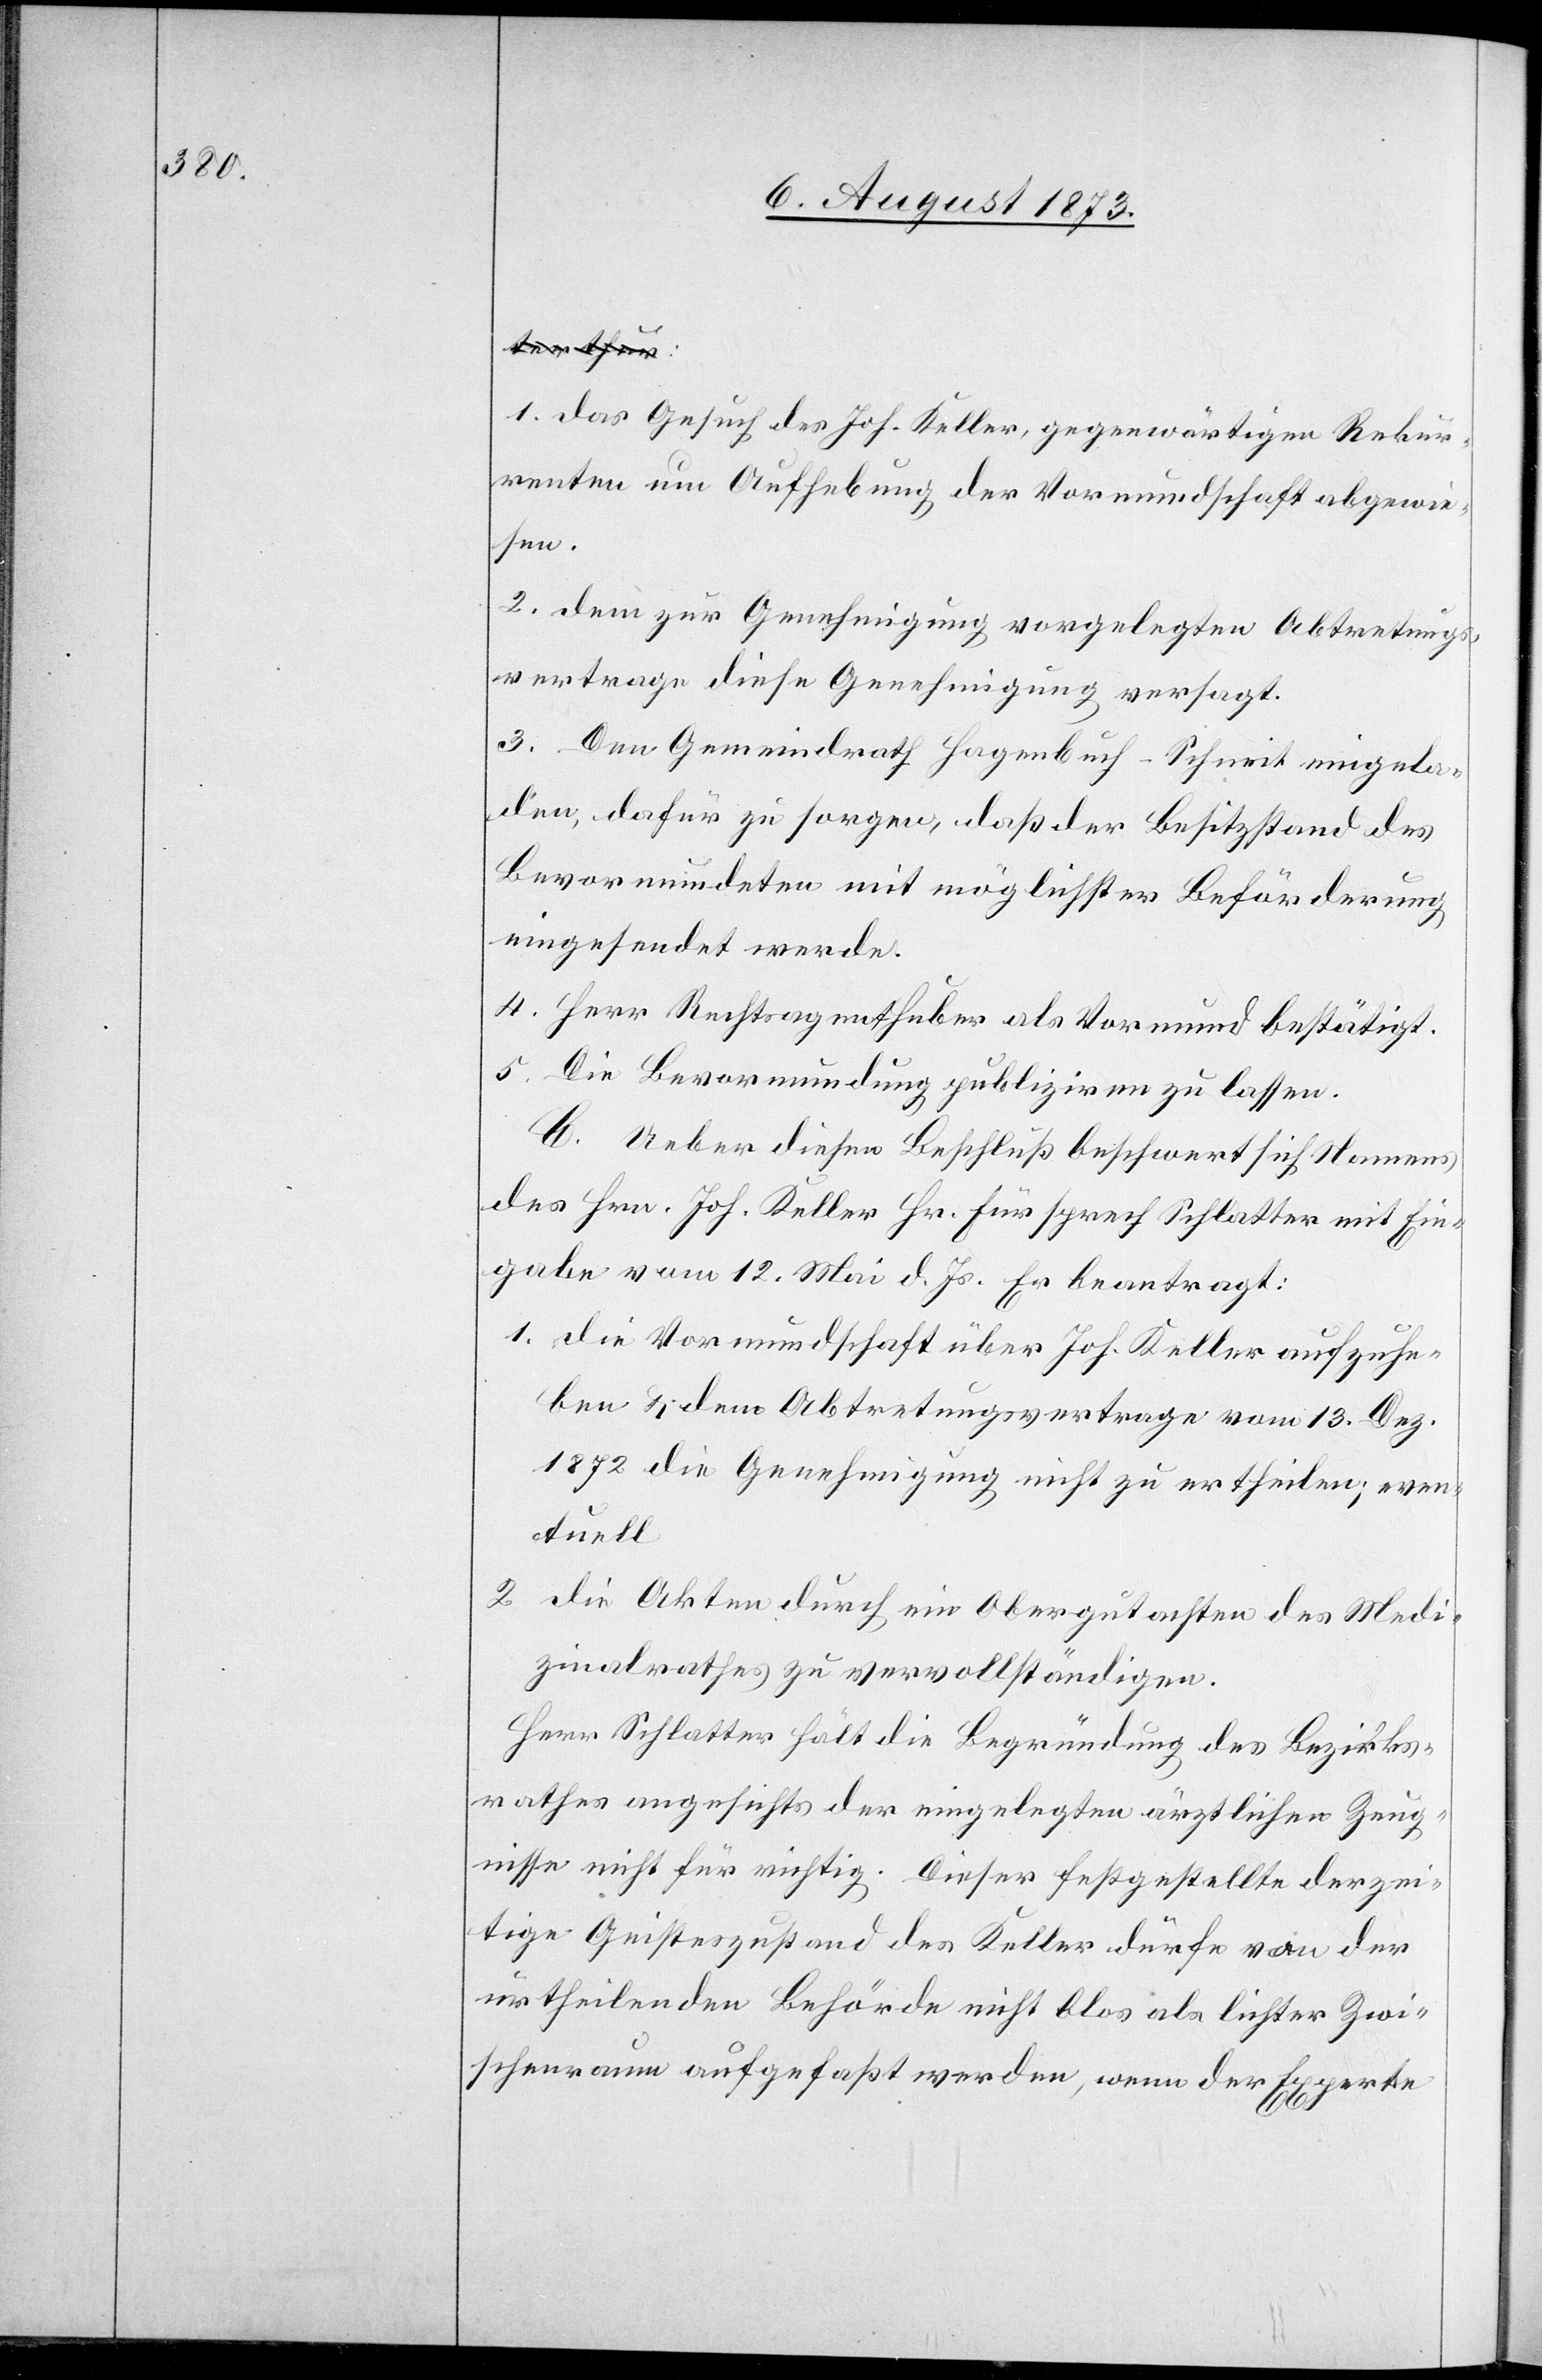
1. das Gesuch des Joh. Keller, gegenwärtigen Rekur¬
renten um Aufhebung der Vormundschaft abgewie¬
sen.
2. dem zur Genehmigung vorgelegten Abtretungs¬
vertrage diese Genehmigung versagt.
3. Den Gemeindrath Hagenbuch-Schneit eingela¬
den, dafür zu sorgen, daß der Besitzstand des
Bevormundeten mit möglichster Beförderung
eingesendet werde.
4. Herr Rechtsagent Huber als Vormund bestätigt.
5. Die Bevormundung publiziren zu lassen.
C. Ueber diesen Beschluß beschwert sich Namens
des Hrn. Joh. Keller Hr. Fürsprech Schlatter mit Ein¬
gabe vom 12. Mai d. Js. Er beantragt:
1. die Vormundschaft über Joh. Keller aufzuhe¬
ben & dem Abtretungsvertrage vom 13. Dez.
1872 die Genehmigung nicht zu ertheilen; even¬
tuell
2. die Akten durch ein Obergutachten des Medi¬
zinalrathes zu vervollständigen.
Herr Schlatter hält die Begründung des Bezirks¬
rathes angesichts der eingelegten ärztlichen Zeug¬
nisse nicht für richtig. Dieser festgestellte derzei¬
tige Geisteszustand des Keller dürfe von der
urtheilenden Behörde nicht blos als lichter Zwi¬
schenraum aufgefaßt werden, wenn der Experte